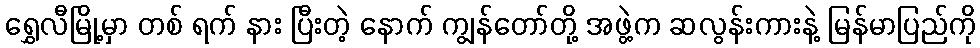
ရွှေလီမြို့မှာ တစ် ရက် နား ပြီးတဲ့ နောက် ကျွန်တော်တို့ အဖွဲ့က ဆလွန်းကားနဲ့ မြန်မာပြည်ကို